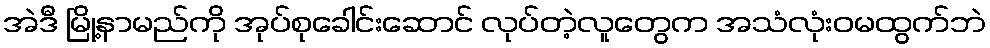
အဲဒီ မြို့နာမည်ကို အုပ်စုခေါင်းဆောင် လုပ်တဲ့လူတွေက အသံလုံးဝမထွက်ဘဲ